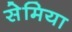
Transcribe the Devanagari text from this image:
सेमिया